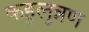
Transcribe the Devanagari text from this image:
कहुलुन्नण